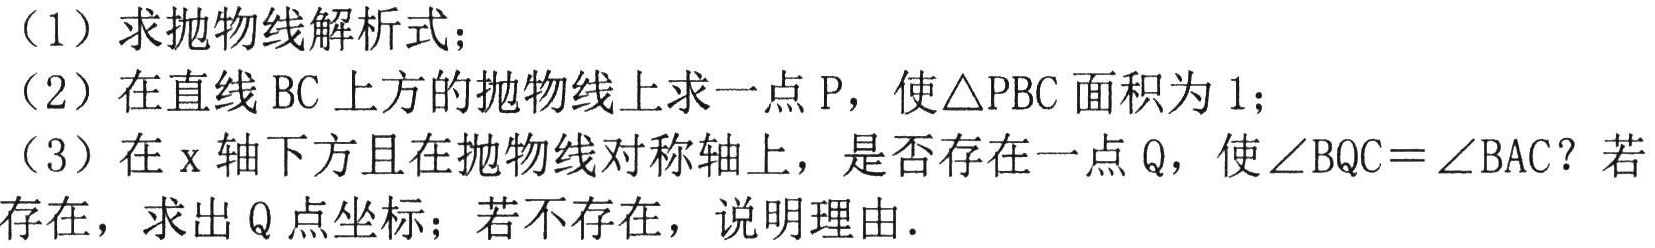
（1）求抛物线解析式；
（2）在直线 \(BC\) 上方的抛物线上求一点 \(P\)，使\(\triangle PBC\) 面积为 \(1\)；
（3）在 \(x\) 轴下方且在抛物线对称轴上，是否存在一点 \(Q\)，使\(\angle BQC=\angle BAC\)？若存在，求出 \(Q\) 点坐标；若不存在，说明理由.